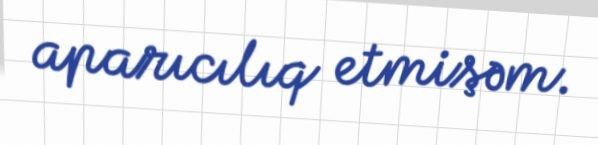
aparıcılıq etmişəm.